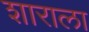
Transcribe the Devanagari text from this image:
शाराला